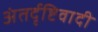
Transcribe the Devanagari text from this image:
अंतर्दृष्टिवादी